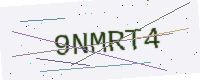
Text: 9NMRT4